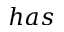
h a s